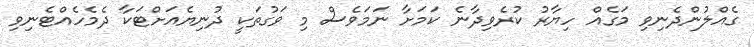
ގެއްލުންދެނިވި މަގެއް ހިޔާރު ކުރެވިދާނެ ކަމަށާ ނަމަވެސް މި ވަގުތަކީ ދުނިޔެއަށްޓަކާ ދެމެހެއްޓެނިވި